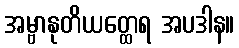
အမ္ဗာနုတိယတ္ထေရ အပဒါန။